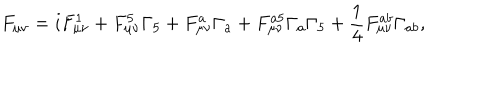
F _ { \mu \nu } = i F _ { \mu \nu } ^ { 1 } + F _ { \mu \nu } ^ { 5 } \Gamma _ { 5 } + F _ { \mu \nu } ^ { a } \Gamma _ { a } + F _ { \mu \nu } ^ { a 5 } \Gamma _ { a } \Gamma _ { 5 } + \frac { 1 } { 4 } F _ { \mu \nu } ^ { a b } \Gamma _ { a b } ,